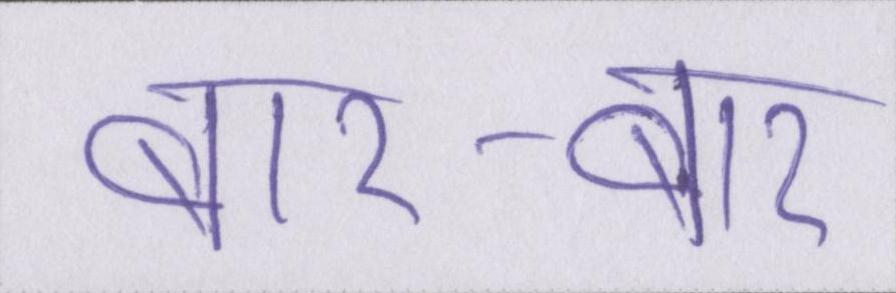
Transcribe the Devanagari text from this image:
बार-बार